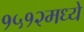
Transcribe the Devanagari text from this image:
१५१२मध्ये